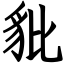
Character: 豼